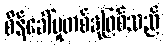
စိန်ခေါ်မှုတစ်ခုဖြစ်သည်